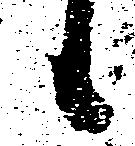
候